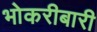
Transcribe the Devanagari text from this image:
भोकरीबारी